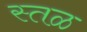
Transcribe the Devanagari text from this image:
स्तळ